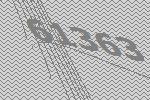
61363